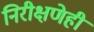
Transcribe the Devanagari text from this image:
निरीक्षणेही